Report on enteric fever
Disease focus: Fever
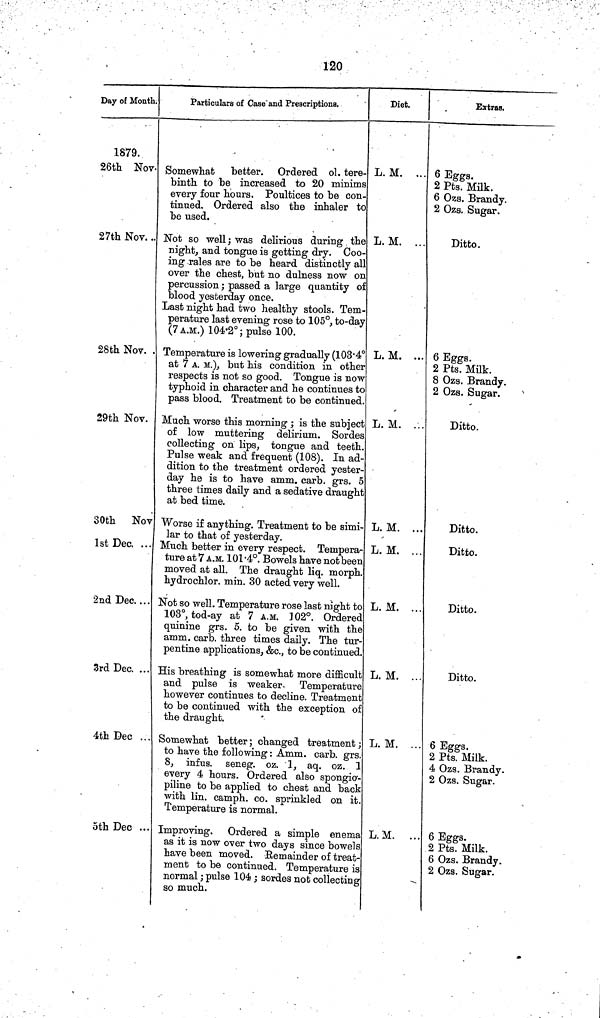
120
Day of Month.
1879.
26th Nov.
27th Nov. ..
28th Nov. .
29th Nov.
30th Nov
1st Dec. ...
2nd Dec. ...
3rd Dec ...
4th Dec .
5th Dec ..
Particulars of Case and Prescriptions.
Somewhat better. Ordered ol.. tere
binth to be increased to 20 minims
every four hours. Poultices to be con-
tinued. Ordered also the inhaler to
be used.
Not so well; was delirious during the
night, and tongue is getting dry. Coo-
ing rales are to be heard distinctly all
over the chest, but no dulness now on
percussion ; passed a large quantity of
blood yesterday once.
Last night had two healthy stools. Tem
perature last evening rose to 105°, to day
(7 A.M.) 104 2°; pulse 100.
Temperature is lowering gradually (103·4°a
t 7 A. M.), but his condition in other
respects is not so good. Tongue is now
typhoid in character and he continues to
pass blood. Treatment to be continued.
Much worse this morning ; is the subject
of low muttering delirium. Sordes
collecting on lips, tongue and teeth.
Pulse weak and frequent (108). In ad-
dition to the treatment ordered yester
day he is to have amm. carb. grs. 5
three times daily and a sedative draught
at bed time.
Worse if anything. Treatment to be simi
lar to that of yesterday.
Much better in every respect. Tempera
ture at 7 A.M. 101·4°. Bowels have not been
moved at all. The draught liq. morph.
hydrochlor. min. 30 acted very well.
Not so well. Temperature rose last night to
103°, tod ay at 7 A M. 102°. Ordered
quinine grs. 5. to be given with the
amm. carb. three times daily. The tur
pentine applications, &c., to be continued.
His breathing is somewhat more difficult
and pulse is weaker. Temperature
however continues to decline. Treatment
to be continued with the exception of
the draught.
Somewhat better; changed treatment
to have the following : Amm. carb. grs
8, infus. seneg. oz. 1, aq. oz. 1.
every 4 hours. Ordered also spongio
piline to be applied to chest and back
with lin. camph. co. sprinkled on it
Temperature is normal.
Improving. Ordered a simple enems
as it is now over two days since bowels
have been moved. Remainder of treat.
ment to be continued. Temperature is
normal ; pulse 104 sordes not collecting
so much.
Diet.
L. M. ...
L. M. ..
L. M. ...
L. M.
L. M. ..
L. M. ...
L. M. ..
L. M.
L. M.
L.M. ..
Extras.
6 Eggs.
2 Pts. Milk.
6 Ozs. Brandy
2 Ozs. Sugar.
Ditto.
6 Eggs.
2 Pts. Milk.
8 Ozs. Brandy.
2 Ozs. Sugar.
Ditto.
Ditto.
Ditto.
Ditto.
Ditto.
6 Eggs.
2 Pts. Milk.
4 Ozs. Brandy.
2 Ozs. Sugar.
6 Eggs.
2 Pts. Milk.
6 Ozs. Brandy.
2 Ozs. Sugar.